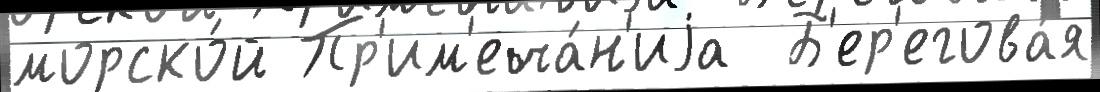
морско́й Пр'им'еча́н'иjа  Б'ер'егова́я